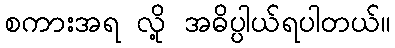
စကားအရ လို့ အဓိပ္ပါယ်ရပါတယ်။